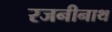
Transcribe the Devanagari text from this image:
रजनीनाथ